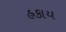
હકાય